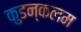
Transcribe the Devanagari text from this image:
कुडन्कलम